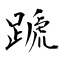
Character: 蹏